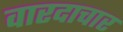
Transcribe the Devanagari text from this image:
वारदाचार